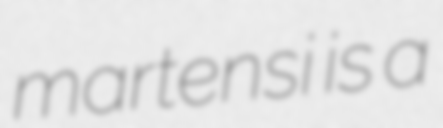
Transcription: martensi is a